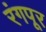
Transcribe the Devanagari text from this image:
रंगपूर